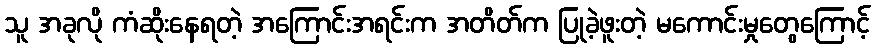
သူ အခုလို ကံဆိုးနေရတဲ့ အကြောင်းအရင်းက အတိတ်က ပြုခဲ့ဖူးတဲ့ မကောင်းမှုတွေကြောင့်